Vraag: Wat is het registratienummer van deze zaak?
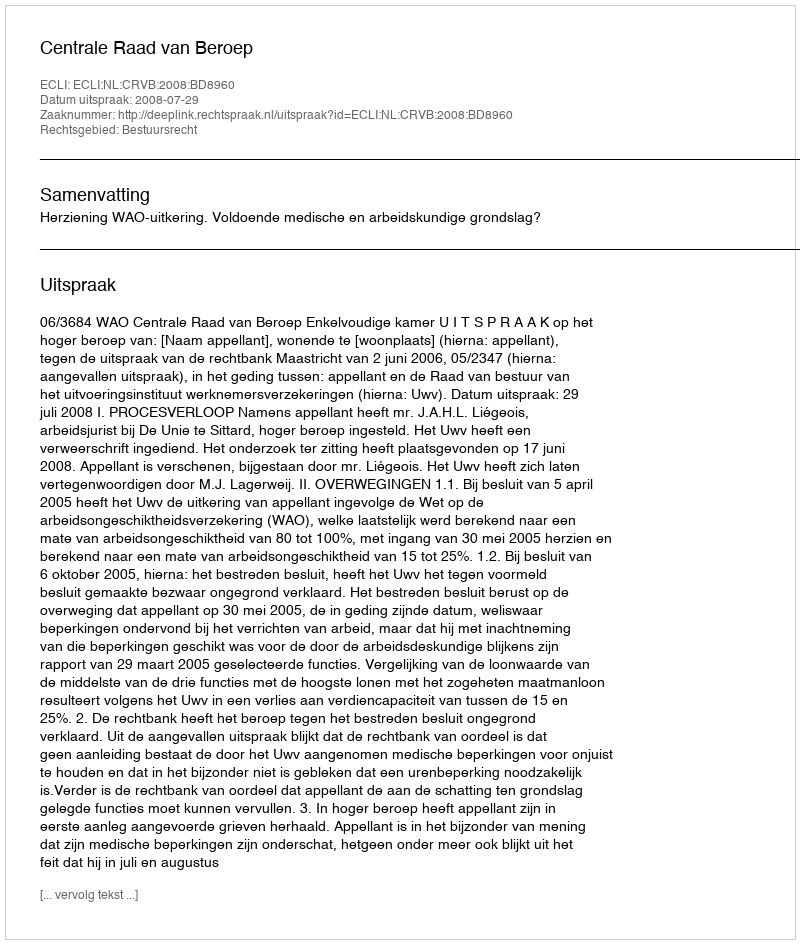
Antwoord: http://deeplink.rechtspraak.nl/uitspraak?id=ECLI:NL:CRVB:2008:BD8960